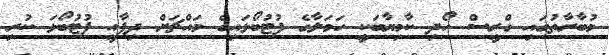
މުބާރާތުގައި ގްރީސް ހޯދި ކާމިޔާބަކީ ހަމަލާގެ ފުޓުބޯޅައިގެ މައްޗަށް ދިފާއީ ފުޓުބޯޅަ ކުރި